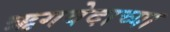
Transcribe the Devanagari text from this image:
ऋगवेदाच्या